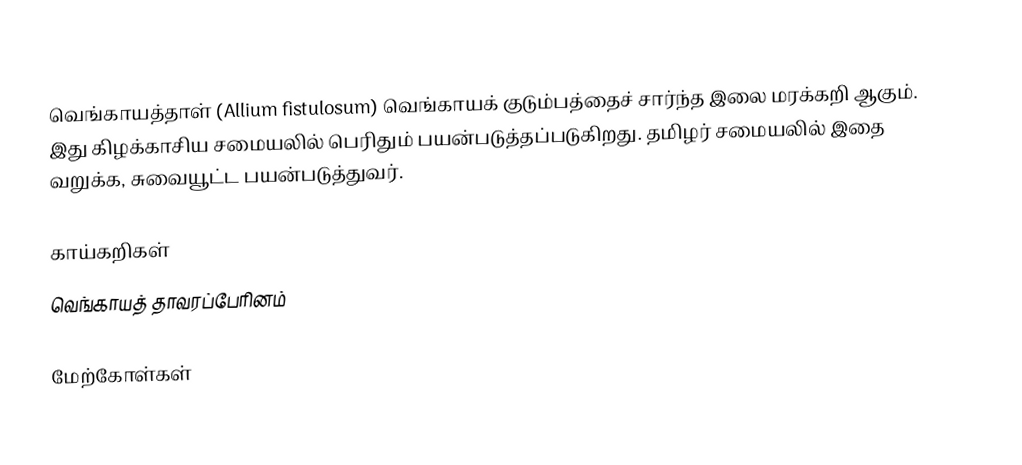
வெங்காயத்தாள் (Allium fistulosum) வெங்காயக் குடும்பத்தைச் சார்ந்த இலை மரக்கறி ஆகும்.  இது கிழக்காசிய சமையலில் பெரிதும் பயன்படுத்தப்படுகிறது.  தமிழர் சமையலில் இதை வறுக்க, சுவையூட்ட பயன்படுத்துவர்.

காய்கறிகள்
வெங்காயத் தாவரப்பேரினம்

மேற்கோள்கள்